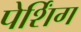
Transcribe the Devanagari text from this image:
पेर्शिंग